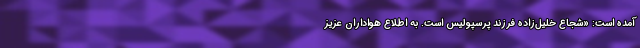
آمده است: «شجاع خلیل‌زاده فرزند پرسپولیس است. به اطلاع هواداران عزیز